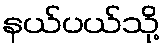
နယ်ပယ်သို့